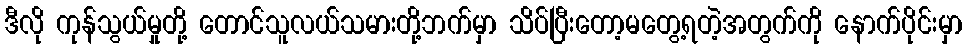
ဒီလို ကုန်သွယ်မှုတို့ တောင်သူလယ်သမားတို့ဘက်မှာ သိပ်ပြီးတော့မတွေ့ရတဲ့အတွက်ကို နောက်ပိုင်းမှာ